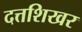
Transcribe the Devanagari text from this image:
दत्तशिखर